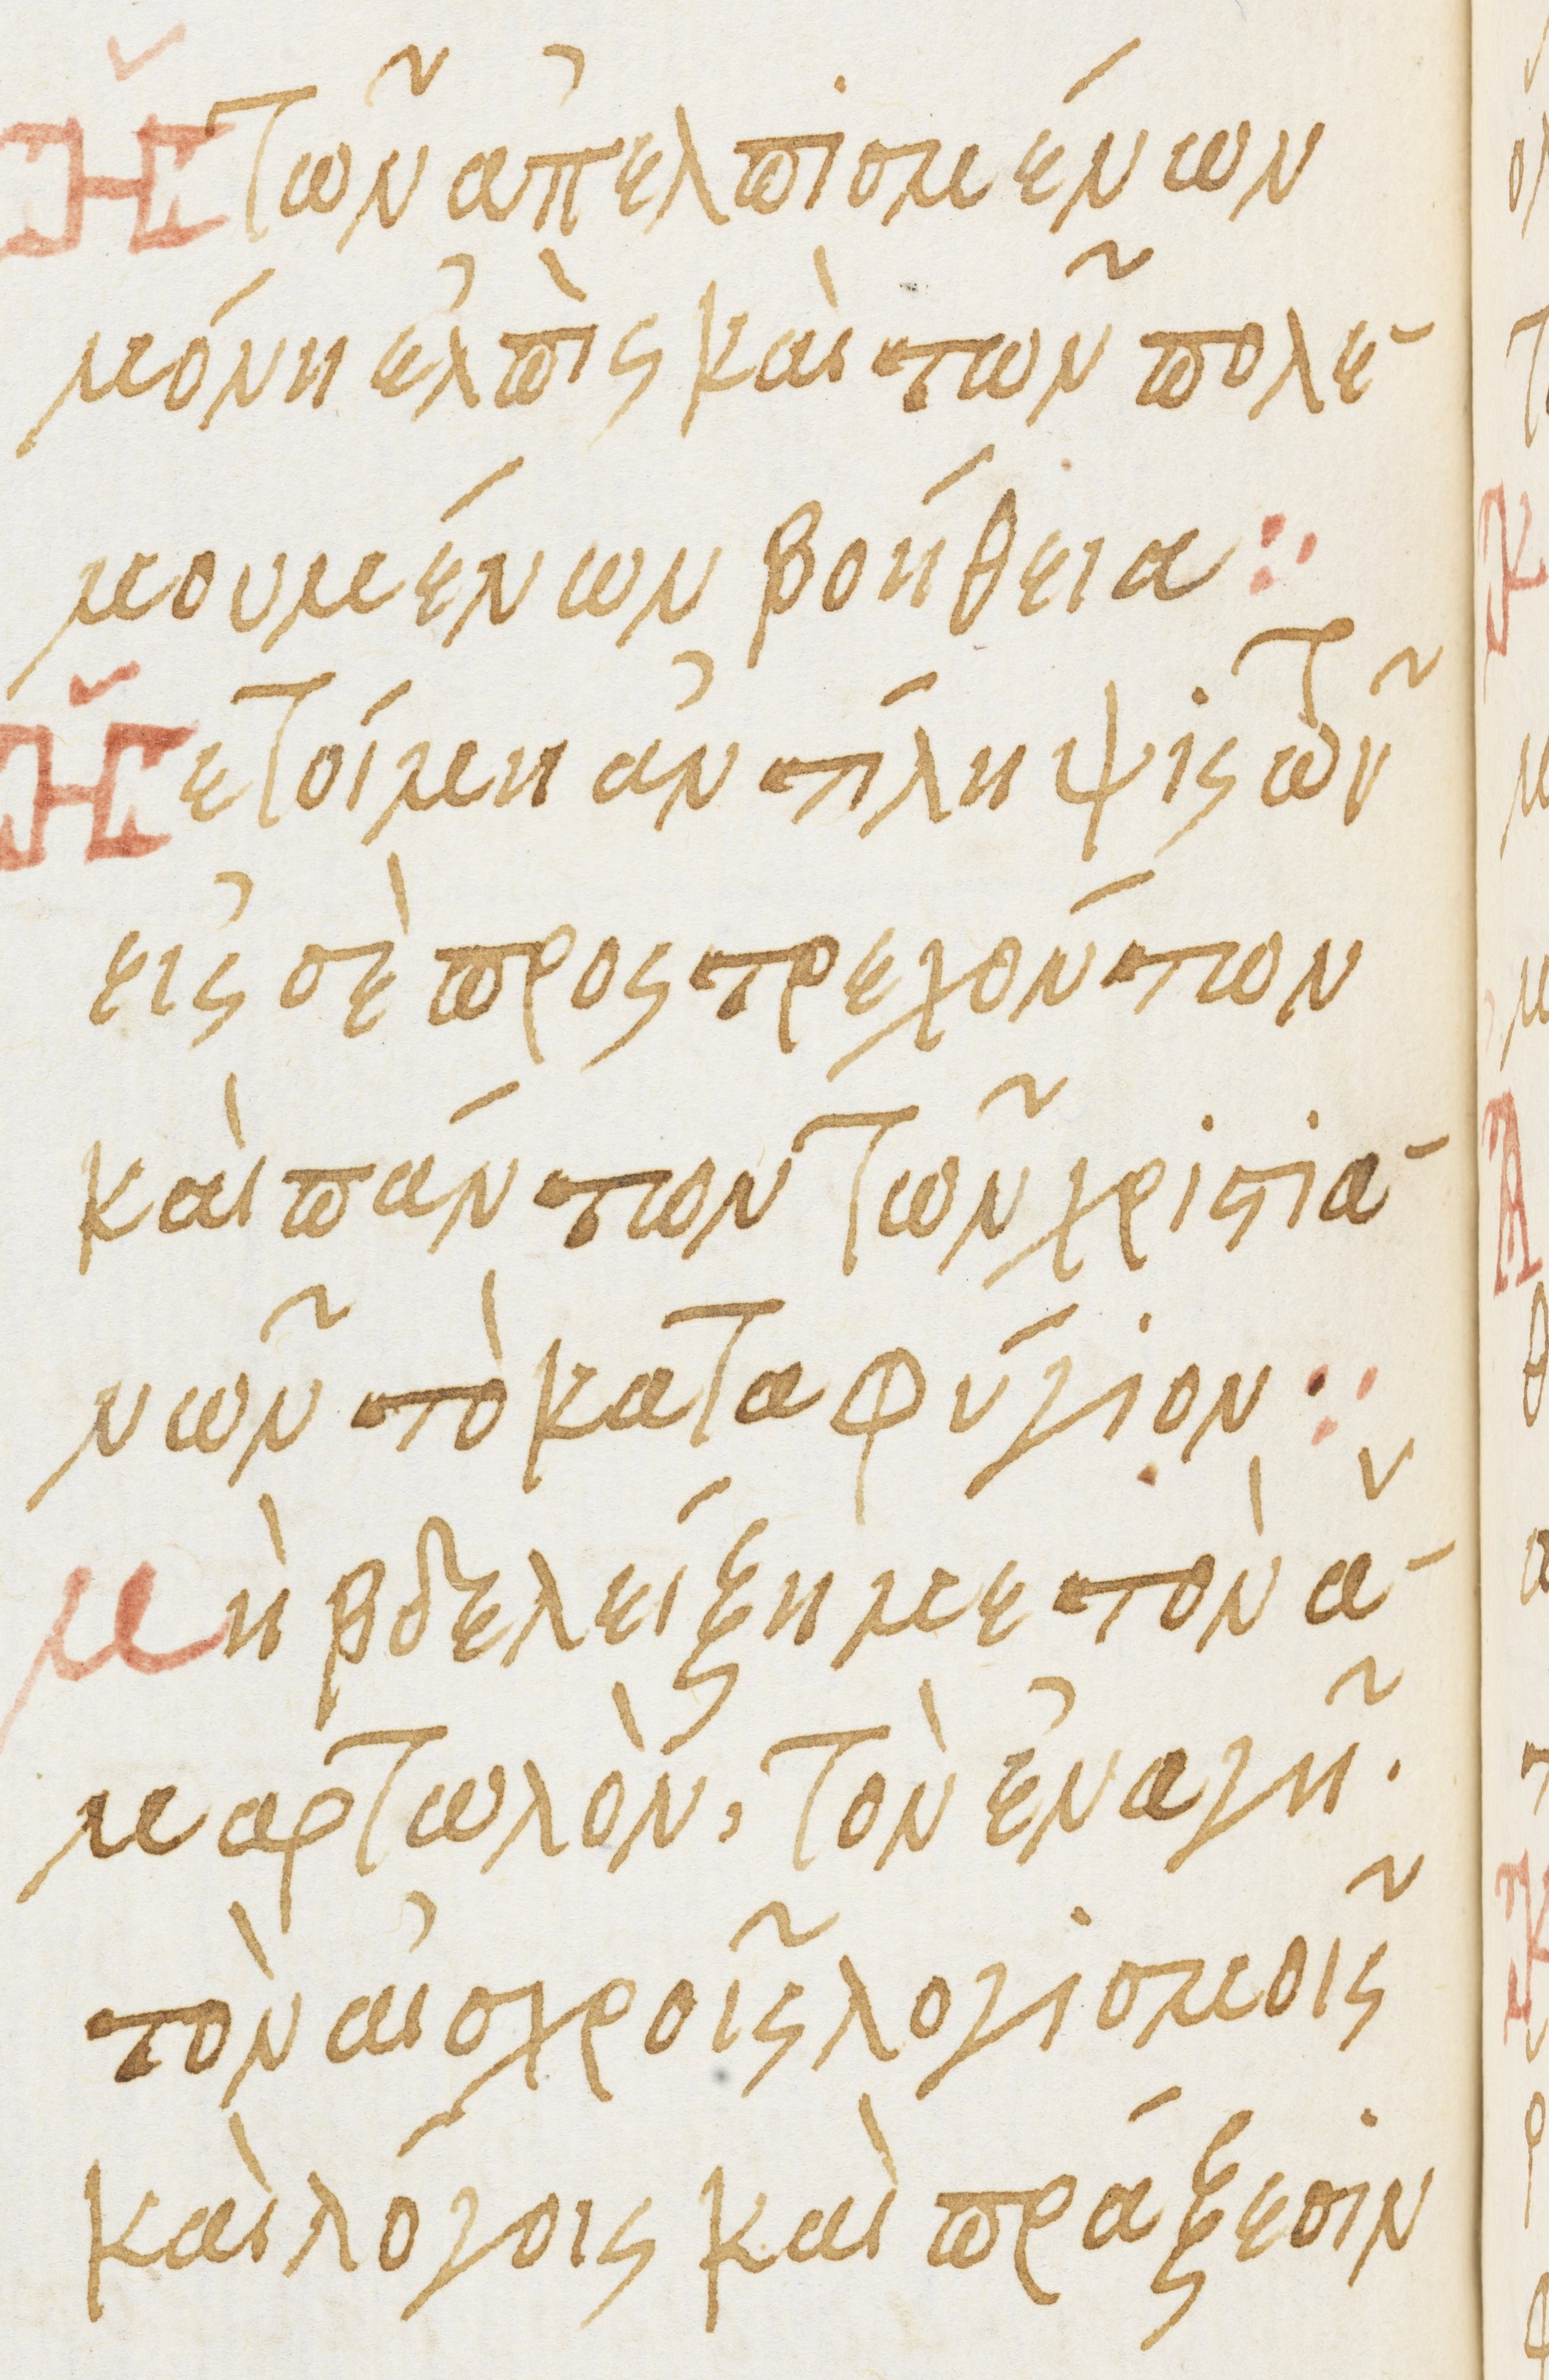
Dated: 1475–1499